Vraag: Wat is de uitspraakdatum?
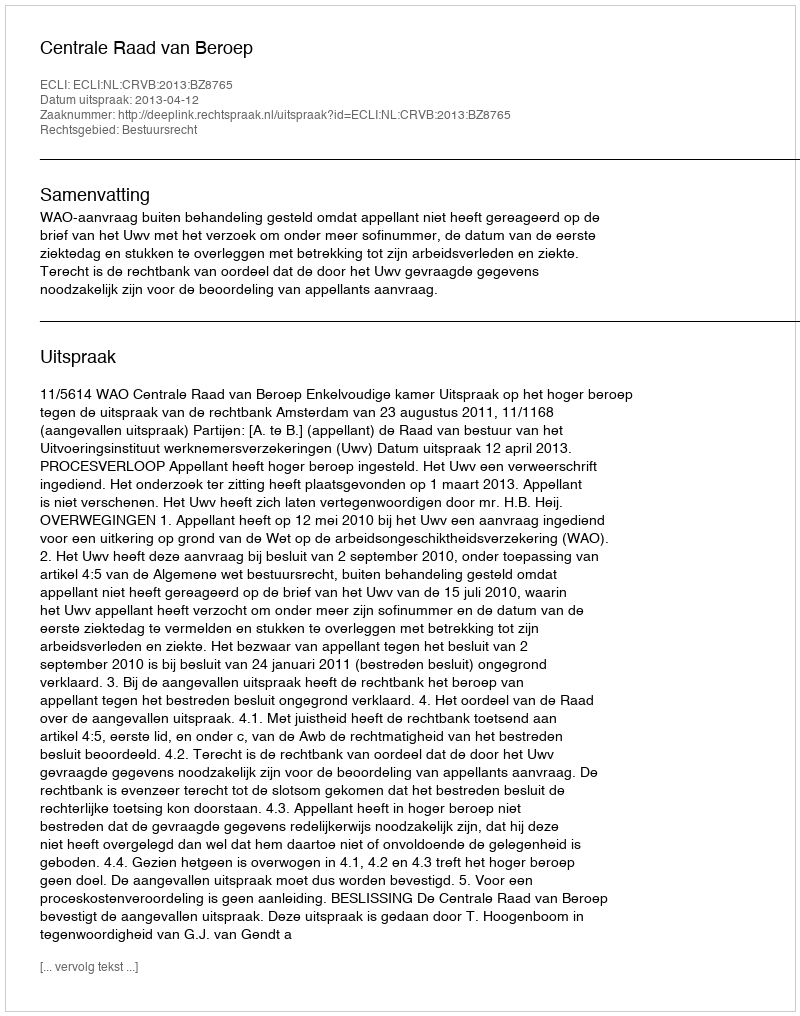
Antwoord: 2013-04-12